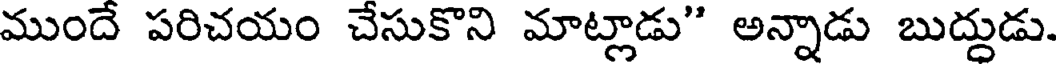
ముందే పరిచయం చేసుకొని మాట్లాడు" అన్నాడు బుద్దుడు.